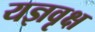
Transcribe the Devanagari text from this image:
यज्ञवृक्ष